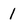
Character: 1